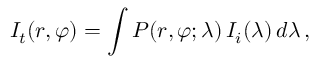
I _ { t } ( r , \varphi ) = \int P ( r , \varphi ; \lambda ) \, I _ { i } ( \lambda ) \, d \lambda \, ,